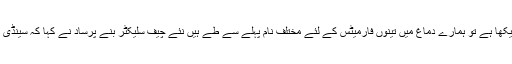
ہم نے گذشتہ سال بہت گھریلو کرکٹ دیکھا ہے تو ہمارے دماغ میں تینوں فارمیٹس کے لئے مختلف نام پہلے سے طے ہیں نئے چیف سلیکٹر بنے پرساد نے کہا کہ سینڈی بھائی کی ٹیم نے بہت اچھا کام کیا ہے۔